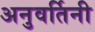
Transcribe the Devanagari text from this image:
अनुवर्तिनी